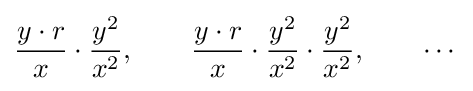
{\frac {y\cdot r}{x}}\cdot {\frac {y^{2}}{x^{2}}},\qquad {\frac {y\cdot r}{x}}\cdot {\frac {y^{2}}{x^{2}}}\cdot {\frac {y^{2}}{x^{2}}},\qquad \cdots